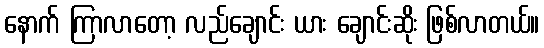
နောက် ကြာလာတော့ လည်ချောင်း ယား ချောင်းဆိုး ဖြစ်လာတယ်။